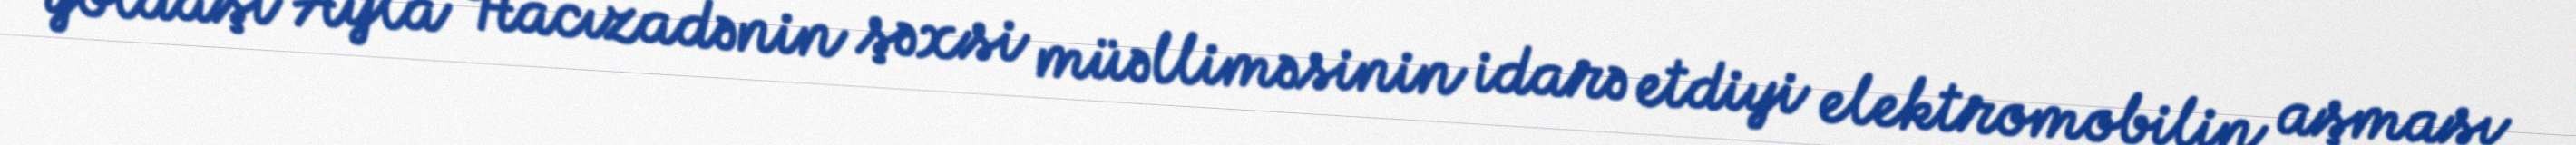
yoldaşı Ayla Hacızadənin şəxsi müəlliməsinin idarə etdiyi elektromobilin aşması